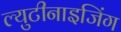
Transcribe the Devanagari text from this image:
ल्युटीनाइजिंग